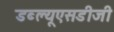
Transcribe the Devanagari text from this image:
डब्ल्यूएसडीजी